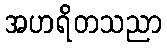
အဟရိတသညာ